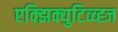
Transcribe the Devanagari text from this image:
एक्झिक्युटिव्व्ह्ज